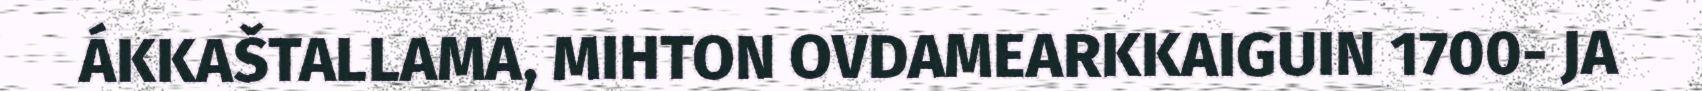
ÁKKAŠTALLAMA, MIHTON OVDAMEARKKAIGUIN 1700- JA